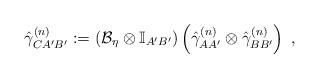
LaTeX: \begin{align*}\hat{\gamma}_{CA'B'}^{(n)} := \left(\mathcal{B}_\eta\otimes\mathbb{I}_{A'B'}\right)\left(\hat{\gamma}_{AA'}^{(n)}\otimes \hat{\gamma}_{BB'}^{(n)}\right)\;,\end{align*}